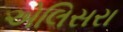
એલિસરા